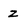
Character: Z